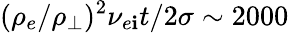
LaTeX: (\rho_{e}/\rho_{\perp})^{2}\nu_{e\mathbf{i}}t/2\sigma\sim2000